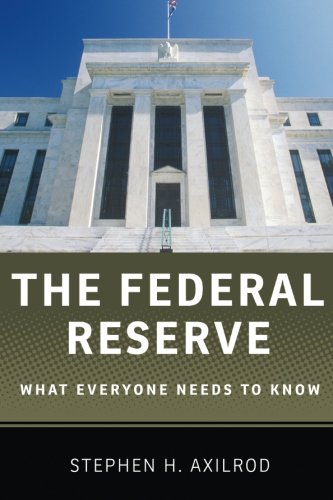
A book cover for The Federal Reserve: What Everyone Needs to KnowÂ®; Stephen H. Axilrod; Business & Money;